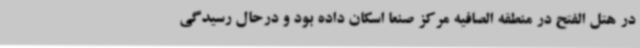
در هتل الفتح در منطقه الصافیه مرکز صنعا اسکان داده بود و درحال رسیدگی